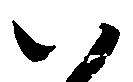
八